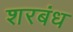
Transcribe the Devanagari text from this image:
शरबंध